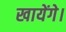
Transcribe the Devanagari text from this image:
खायेंगे।